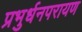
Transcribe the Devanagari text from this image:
प्रभुर्धनपरायण